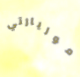
موريارتي